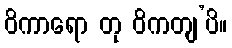
ဝိကာရော တု ဝိကတျ’ပိ။